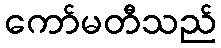
ကော်မတီသည်